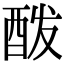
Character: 酦